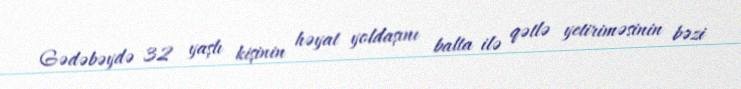
Gədəbəydə 32 yaşlı kişinin həyat yoldaşını balta ilə qətlə yetiriməsinin bəzi